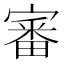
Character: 審